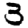
Digit: 3